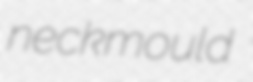
neckmould